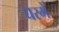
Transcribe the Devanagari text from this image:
घरमे